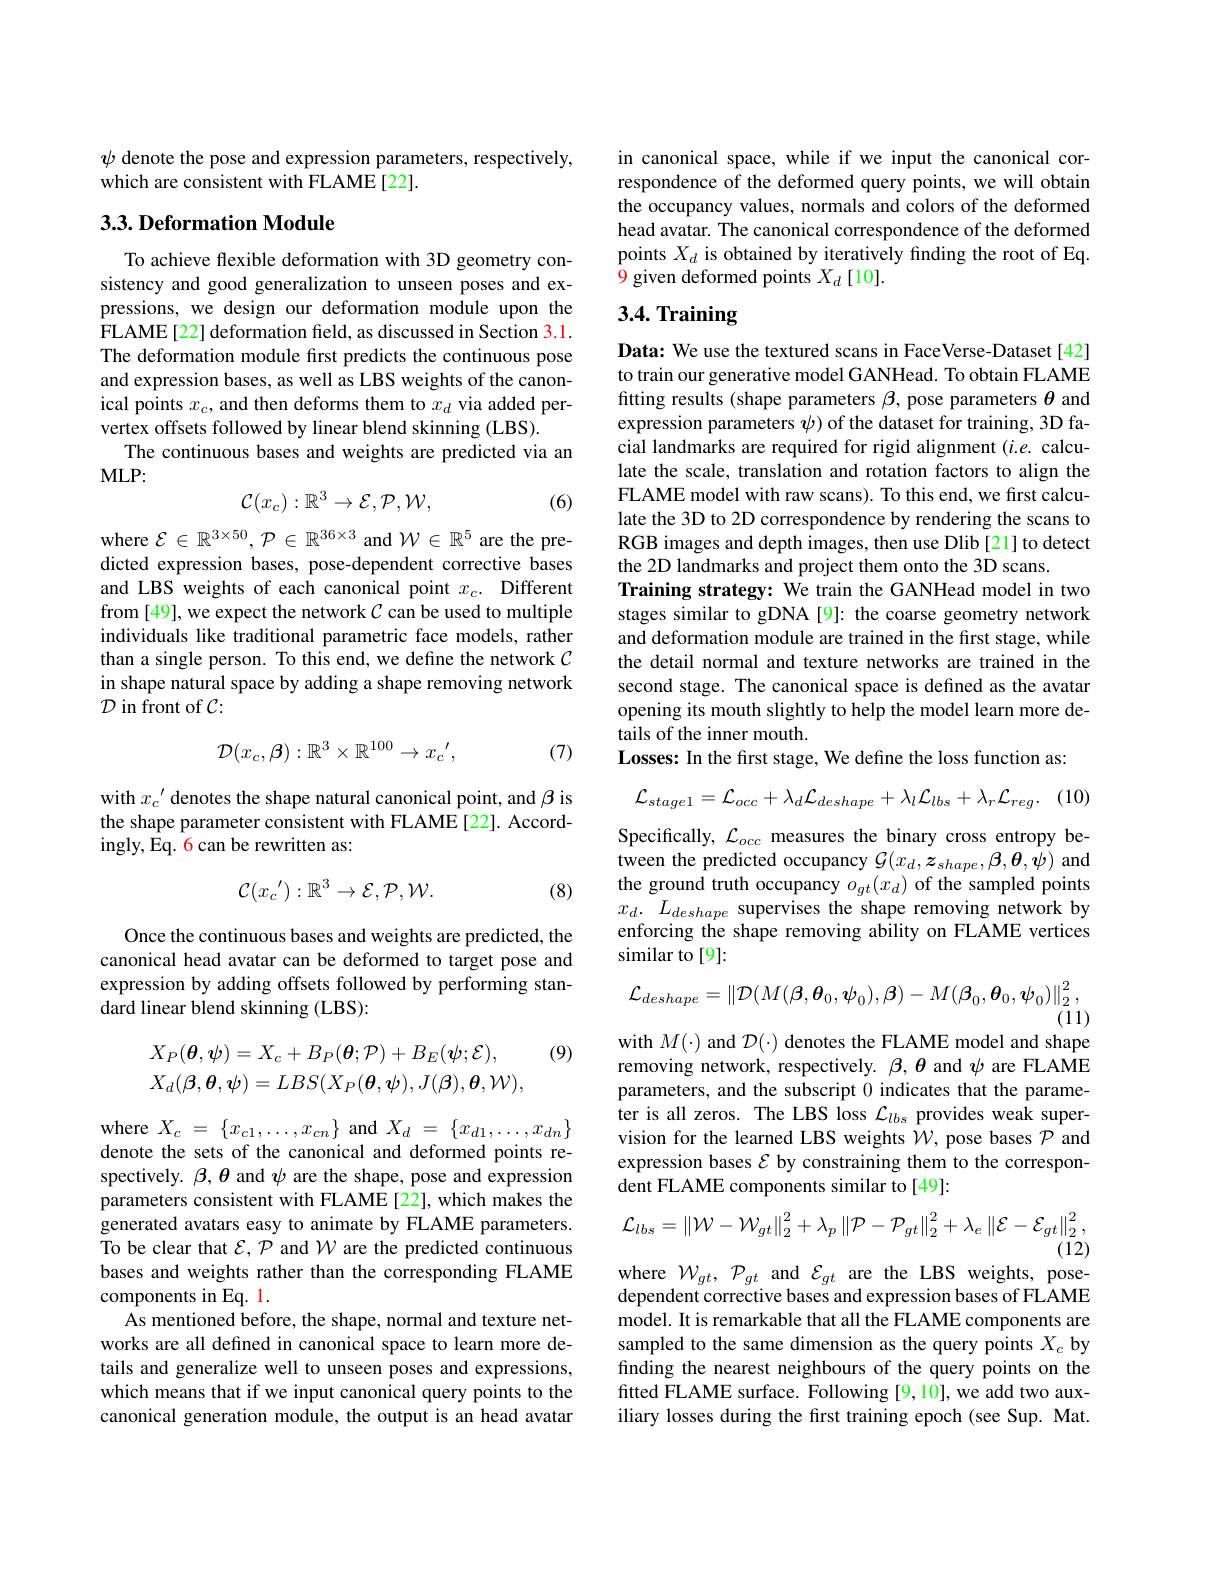
$\psi$ denote the pose and expression parameters, respectively,
which are consistent with FLAME[22].

## $3. 3. \textbf{Deformation Module}$

To achieve flexible deformation with 3D geometry consistency and good generalization to unseen poses and expressions, we design our deformation module upon the FLAME[22] deformation field, as discussed in Section 3.1. The deformation module first predicts the continuous pose and expression bases, as well as LBS weights of the canonical points $x_c$, and then deforms them to $x_d$ via added pervertex offsets followed by linear blend skinning (LBS).
The continuous bases and weights are predicted via an
$MLP:$
$$\mathcal{C}(x_c):\mathbb{R}^3\to\mathcal{E},\mathcal{P},\mathcal{W},$$
(6)

where $\mathcal{E}\in\mathbb{R}^{3\times50},\mathcal{P}\in\mathbb{R}^{36\times3}$ and $\mathcal{W}\in\mathbb{R}^5$ are the predicted expression bases, pose-dependent corrective bases and LBS weights of each canonical point $x_c.$ Different from [49], we expect the network $C$ can be used to multiple individuals like traditional parametric face models, rather than a single person. To this end, we define the network $\mathcal{C}$ in shape natural space by adding a shape removing network ${\mathcal{D}}$ in front of $\mathcal{C}:$
$$\mathcal{D}(x_{c},\boldsymbol{\beta}):\mathbb{R}^{3}\times\mathbb{R}^{100}\to x_{c}^{\prime},$$
(7)

with $x_c^{\prime}$ denotes the shape natural canonical point, and $\beta$ is the shape parameter consistent with FLAME[22]. Accordingly, Eq. 6 can be rewritten as:
$$\mathcal{C}(x_{c}'):\mathbb{R}^{3}\to\mathcal{E},\mathcal{P},\mathcal{W}.$$
(8)

Once the continuous bases and weights are predicted, the canonical head avatar can be deformed to target pose and expression by adding offsets followed by performing standard linear blend skinning (LBS):

(9)
$$X_{P}(\boldsymbol{\theta},\boldsymbol{\psi})=X_{c}+B_{P}(\boldsymbol{\theta};\mathcal{P})+B_{E}(\boldsymbol{\psi};\mathcal{E}),\\X_{d}(\boldsymbol{\beta},\boldsymbol{\theta},\boldsymbol{\psi})=LBS(X_{P}(\boldsymbol{\theta},\boldsymbol{\psi}),J(\boldsymbol{\beta}),\boldsymbol{\theta},\mathcal{W}),$$
where$X_c=\{x_{c1},\ldots,x_{cn}\}$and$X_d=\{x_{d1},\ldots,x_{dn}\}$ denote the sets of the canonical and deformed points respectively. $\beta,\theta$ and $\psi$ are the shape, pose and expression parameters consistent with FLAME [22], which makes the generated avatars easy to animate by FLAME parameters. To be clear that $\mathcal{E},\mathcal{P}$ and $\mathcal{W}$ are the predicted continuous bases and weights rather than the corresponding FLAME components in Eq. 1.
As mentioned before, the shape, normal and texture networks are all defined in canonical space to learn more details and generalize well to unseen poses and expressions, which means that if we input canonical query points to the canonical generation module, the output is an head avatar

in canonical space, while if we input the canonical correspondence of the deformed query points, we will obtain the occupancy values, normals and colors of the deformed head avatar. The canonical correspondence of the deformed points $X_d$ is obtained by iteratively finding the root of Eq. 9 given deformed points $X_d\left[10\right].$

# 3.4. Training

Data: We use the textured scans in FaceVerse-Dataset[42] to train our generative model GANHead. To obtain FLAME fitting results (shape parameters $\beta$, pose parameters $\theta$ and expression parameters $\psi$) of the dataset for training, 3D facial landmarks are required for rigid alignment ($i.e.$ calculate the scale, translation and rotation factors to align the FLAME model with raw scans). To this end, we first calculate the 3D to 2D correspondence by rendering the scans to RGB images and depth images, then use Dlib[21] to detect the 2D landmarks and project them onto the 3D scans.
Training strategy: We train the GANHead model in two stages similar to gDNA[9]: the coarse geometry network and deformation module are trained in the first stage, while the detail normal and texture networks are trained in the second stage. The canonical space is defined as the avatar opening its mouth slightly to help the model learn more details of the inner mouth.
Losses: In the first stage, We define the loss function as:

(10)
$$\mathcal{L}_{stage1}=\mathcal{L}_{occ}+\lambda_{d}\mathcal{L}_{deshape}+\lambda_{l}\mathcal{L}_{lbs}+\lambda_{r}\mathcal{L}_{reg}.$$
Specifically, $\mathcal{L}_occ$ measures the binary cross entropy between the predicted occupancy $\mathcal{G}(x_d,\boldsymbol{z}_{shape},\boldsymbol{\beta},\boldsymbol{\theta},\boldsymbol{\psi})$ and the ground truth occupancy $o_{gt}(x_d)$ of the sampled points $x_d.$ $L_{deshape}$ supervises the shape removing network by enforcing the shape removing ability on FLAME vertices similar to [9]:
$$\mathcal{L}_{deshape}=\left\|\mathcal{D}(M(\beta,\boldsymbol{\theta}_{0},\boldsymbol{\psi}_{0}),\boldsymbol{\beta})-M(\boldsymbol{\beta}_{0},\boldsymbol{\theta}_{0},\boldsymbol{\psi}_{0})\right\|_{2}^{2},$$
$(\bar{1}1)$

with $M(\cdot)$ and $\mathcal{D}(\cdot)$ denotes the FLAME model and shape

removing network, respectively. $\beta,\theta$ and $\psi$ are FLAME parameters, and the subscript 0 indicates that the parameter is all zeros. The LBS loss $\mathcal{L}_lbs$ provides weak supervision for the learned LBS weights $\mathcal{W}$, pose bases $\mathcal{P}$ and expression bases $\mathcal{E}$ by constraining them to the correspondent FLAME components similar to[49]:
$$\mathcal{L}_{lbs}=\left\|\mathcal{W}-\mathcal{W}_{gt}\right\|_{2}^{2}+\lambda_{p}\left\|\mathcal{P}-\mathcal{P}_{gt}\right\|_{2}^{2}+\lambda_{e}\left\|\mathcal{E}-\mathcal{E}_{gt}\right\|_{2}^{2},$$
(12)

where $\mathcal{W}_{gt},\mathcal{P}_{gt}$ and $\mathcal{E}_{gt}$ are the LBS weights, pose-

dependent corrective bases and expression bases of FLAME model. It is remarkable that all the FLAME components are sampled to the same dimension as the query points $X_c$ by finding the nearest neighbours of the query points on the fitted FLAME surface. Following [9,10], we add two auxiliary losses during the first training epoch (see Sup. Mat.